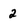
Character: 2